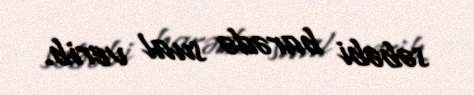
səbəbi barədə sual verib.